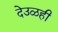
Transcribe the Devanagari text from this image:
देउळही